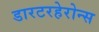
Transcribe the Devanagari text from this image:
डारटरहेरोन्स